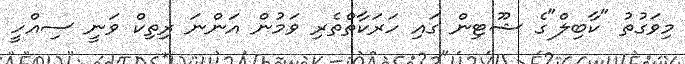
މިވަގުތު "ކާބިލް"ގެ ޝޫޓިން ގައި ހަރަކާތްތެރި ވަމުން އަންނަ ރިތިކް ވަނީ ސިއްހީ